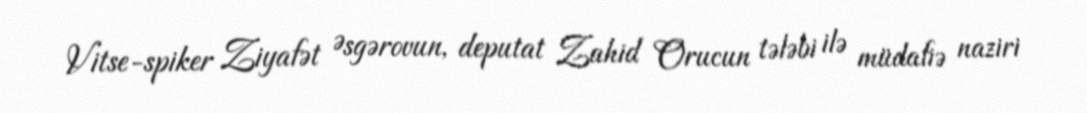
Vitse-spiker Ziyafət Əsgərovun, deputat Zahid Orucun tələbi ilə müdafiə naziri